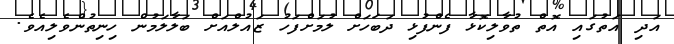
އަދި އަތުގައި އޮތް ތުވާލިކޮޅާ ފެންފުޅި ދަބަހަށް ލުމަށްފަހު ޒައުލްއަށް ބަލާލަމުން ހިނިތުންވެލިއެވެ.